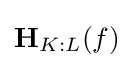
\mathbf {H} _{K:L}(f)